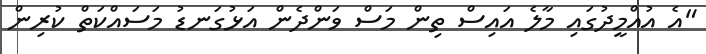
"އެ އުއްމީދުގައި މާލެ އައިސް ތިން މަސް ވަންދެން އަޅުގަނޑު މަސައްކަތް ކުރިން